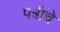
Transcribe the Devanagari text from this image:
पत्रींचे